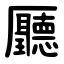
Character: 㕔